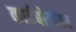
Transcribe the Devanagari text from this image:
कार्डबोर्डावर